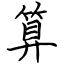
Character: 算